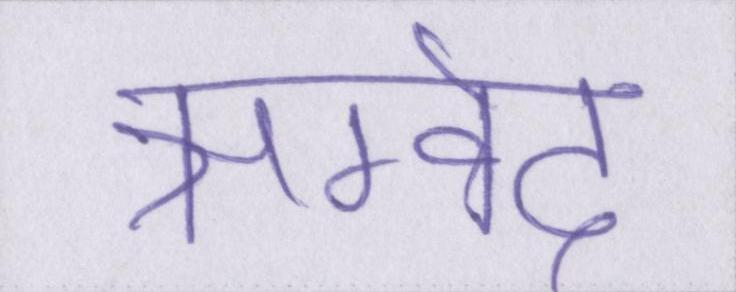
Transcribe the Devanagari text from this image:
ऋग्वेद